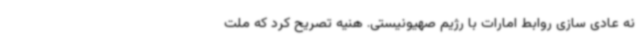
نه عادی سازی روابط امارات با رژیم صهیونیستی. هنیه تصریح کرد که ملت